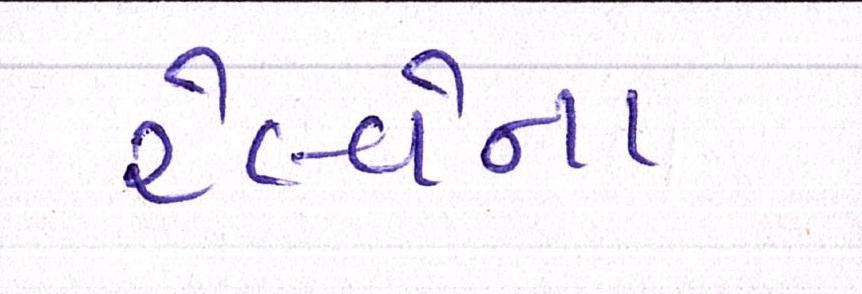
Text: રેલવેના